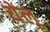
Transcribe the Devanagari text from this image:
येलू